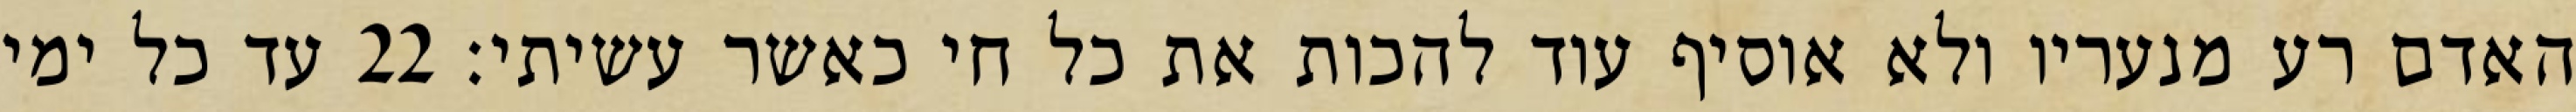
האדם רע מנעריו ולא אוסיף עוד להכות את כל חי כאשר עשיתי׃ ‎22‏ עד כל ימי